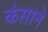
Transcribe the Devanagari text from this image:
कंसाने